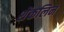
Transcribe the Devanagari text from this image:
शेंकलिन